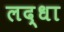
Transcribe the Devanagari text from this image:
लद्धा